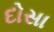
દોસા